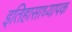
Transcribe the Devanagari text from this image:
इतिहासाध्यापक